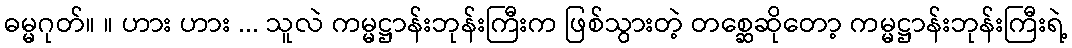
ဓမ္မဂုတ်။ ။ ဟား ဟား ... သူလဲ ကမ္မဋ္ဌာန်းဘုန်းကြီးက ဖြစ်သွားတဲ့ တစ္ဆေဆိုတော့ ကမ္မဋ္ဌာန်းဘုန်းကြီးရဲ့